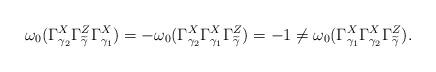
LaTeX: \begin{align*}\omega_0(\Gamma^X_{\gamma_2} \Gamma^Z_{\widetilde\gamma} \Gamma^X_{\gamma_1})=-\omega_0(\Gamma^X_{\gamma_2} \Gamma^X_{\gamma_1} \Gamma^Z_{\widetilde\gamma})=-1\neq\omega_0(\Gamma^X_{\gamma_1} \Gamma^X_{\gamma_2} \Gamma^Z_{\widetilde\gamma}).\end{align*}